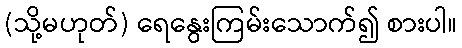
(သို့မဟုတ်) ရေနွေးကြမ်းသောက်၍ စားပါ။